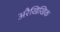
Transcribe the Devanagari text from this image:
अरैखिखिक